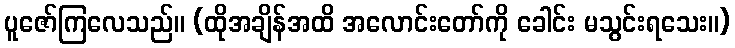
ပူဇော်ကြလေသည်။ (ထိုအချိန်အထိ အလောင်းတော်ကို ခေါင်း မသွင်းရသေး။)